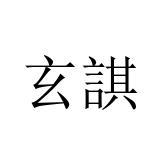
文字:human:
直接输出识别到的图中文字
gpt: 玄諆